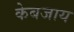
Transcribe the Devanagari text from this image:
केबजाय